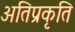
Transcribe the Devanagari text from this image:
अतिप्रकृति